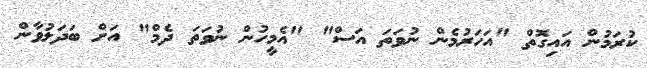
ކުރަމުން އައިގޮތް "އަހަރުމެން ނުވަތަ އަސް" "އެމީހުން ނުވަތަ ދެމް" އަށް ބަދަލުވާން